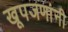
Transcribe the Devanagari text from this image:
खूपजणांनी